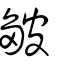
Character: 皺